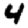
Digit: 4